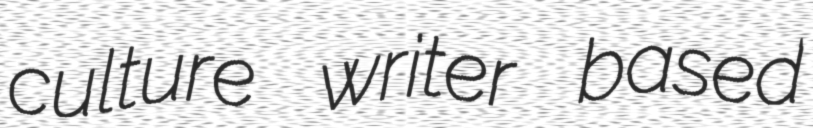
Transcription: culture writer based